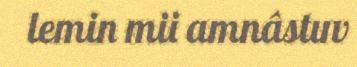
lemin mii amnâstuv